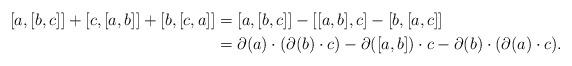
LaTeX: \begin{align*}[a,[b,c]]+[c,[a,b]]+[b,[c,a]]&=[a,[b,c]]-[[a,b],c]-[b,[a,c]]\\&=\partial (a)\cdot (\partial(b)\cdot c )-\partial ([a,b])\cdot c- \partial (b)\cdot (\partial(a)\cdot c ).\end{align*}